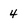
Character: 4